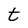
Character: t